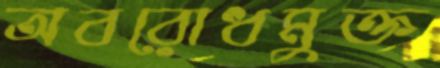
অবরোধমুক্ত